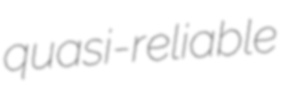
quasi-reliable